Problem: 25 + 3 = ?
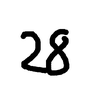
Handwritten answer: 28